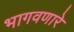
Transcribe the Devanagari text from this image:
भागवणारे